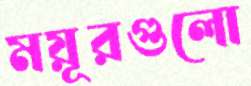
ময়ূরগুলো